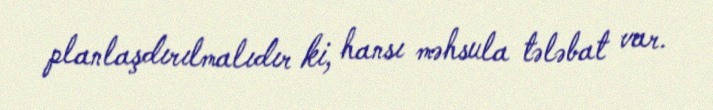
planlaşdırılmalıdır ki, hansı məhsula tələbat var.